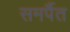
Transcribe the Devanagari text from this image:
समर्पैत